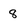
Character: 8